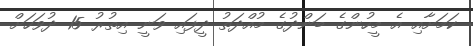
ކަމަށާއި އެ މީހުންގެ ބަންދުގެ މުއްދަތު ދީފައި ވަނީ އިތުރު 15 ދުވަހަށް